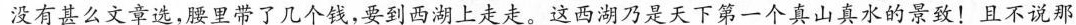
没有甚么文章选，腰里带了几个钱，要到西湖上走走。这西湖乃是天下第一个真山真水的景致！且不说那